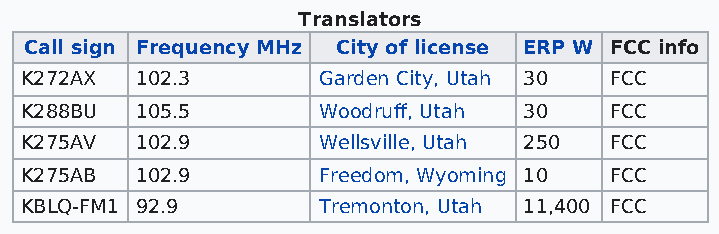
Translators
 Call sign Frequency MHz City of license ERP W FCC info
 K272AX  102.3       Garden City, Utah 30 FCC
 K288BU  105.5       Woodruff, Utah 30  FCC
 K275AV  102.9       Wellsville, Utah 250 FCC
 K275AB  102.9       Freedom, Wyoming 10 FCC
 KBLQ-FM1 92.9       Tremonton, Utah 11,400 FCC